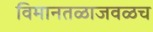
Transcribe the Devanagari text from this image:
विमानतळाजवळच